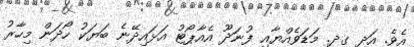
އެވެ. އަދި ގދ. މަޑަވެއްޔާއި ފުނަދޫ އެއާޕޯޓު އަޅައިދޭނެ ބަޔަކު ހޯދަން މިހާރު